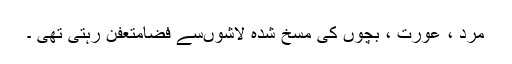
مرد ، عورت ، بچوں کی مسخ شدہ لاشوںسے فضامتعفن رہتی تھی ۔